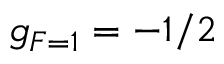
g _ { F = 1 } = - 1 / 2